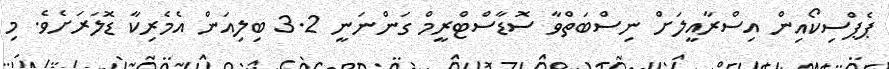
ޕެޕްސިކޯއިން އިސްރާއީލަށް ނިސްބަތްވާ ސޮޑާސްޓްރީމް ގަންނަނީ 3.2 ބިލިއަން އެމެރިކާ ޑޮލަރަށެވެ. މި